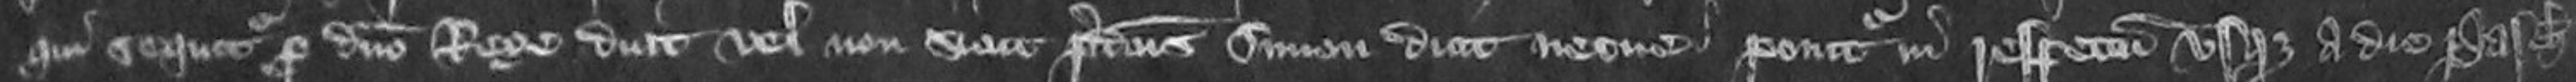
qui sequitur pro domino rege dicit vel non sicut predictus Simon dicit necne ponitur in respectum usque a die Pasche